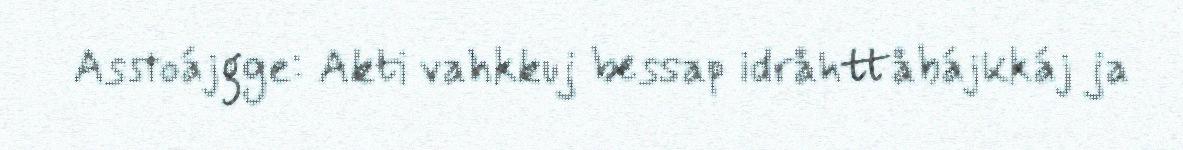
Asstoájgge: Akti vahkkuj bessap idråhttåbájkkáj ja